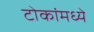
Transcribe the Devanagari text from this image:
टोकांमध्ये